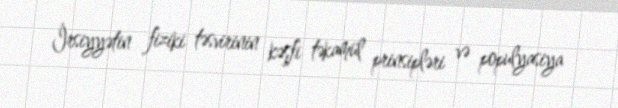
İrsiyyətin fiziki təsvirinin kəşfi təkamül prinsipləri və populyasiya